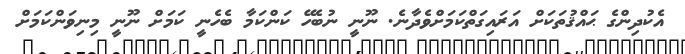
އެކުދިންގެ ޙައްޤުތަކަށް އަރައިގަތްކަމަށްވެދާނެ. ނޫނީ ނުބެހޭ ކަންކަމާ ބެހެނީ ކަމަށް ނޫނީ މިނިވަންކަމަށް